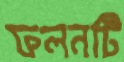
ফলনটি